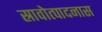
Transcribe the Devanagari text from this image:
स्रावोत्पादनास